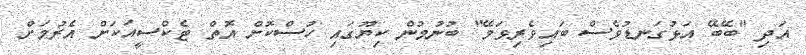
އަދި "ބޭބޭ އަޅުގަނޑުވެސް ބައިވެރިވަމޭ" ބުނުމުން ކިޔޫގައި ހުސްކޮށް އޮތް ޓެކްސީއަކަށް އެރުމަށް